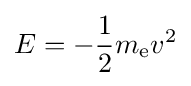
E=-{\frac {1}{2}}m_{\mathrm {e} }v^{2}